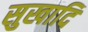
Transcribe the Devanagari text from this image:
सुखादि